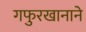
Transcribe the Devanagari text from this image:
गफुरखानाने